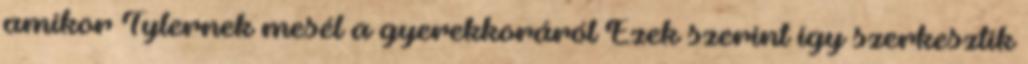
amikor Tylernek mesél a gyerekkoráról Ezek szerint így szerkesztik